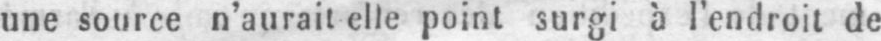
une source n’aurait elle point surgi à l’endroit de